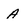
Character: A